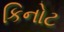
કિનોટ